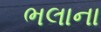
ભલાના